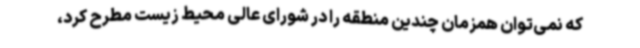
که نمی‌توان همزمان چندین منطقه را در شورای عالی محیط زیست مطرح کرد،